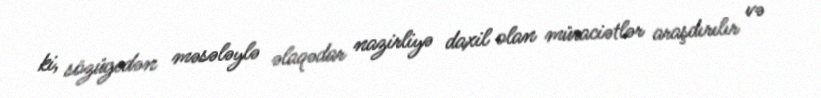
ki, sözügedən məsələylə əlaqədar nazirliyə daxil olan müraciətlər araşdırılır və